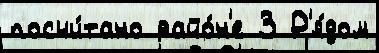
посчи́тано райо́н'е 3 Р'я́дом